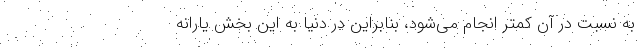
به نسبت در آن کمتر انجام می‌شود، بنابراین در دنیا به این بخش یارانه